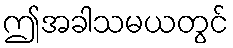
ဤအခါသမယတွင်